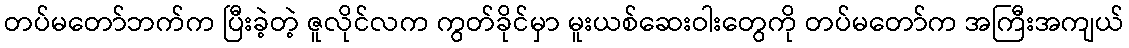
တပ်မတော်ဘက်က ပြီးခဲ့တဲ့ ဇူလိုင်လက ကွတ်ခိုင်မှာ မူးယစ်ဆေးဝါးတွေကို တပ်မတော်က အကြီးအကျယ်